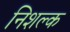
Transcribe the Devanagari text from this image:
निशल्क